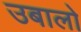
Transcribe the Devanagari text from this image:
उबालो